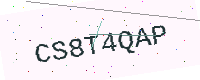
Text: CS8T4QAP